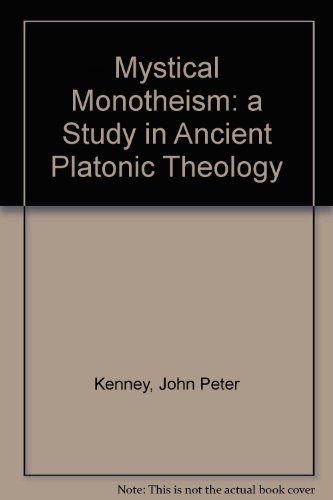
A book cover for Mystical Monotheism: A Study in Ancient Platonic Theology; John Peter Kenney; Religion & Spirituality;